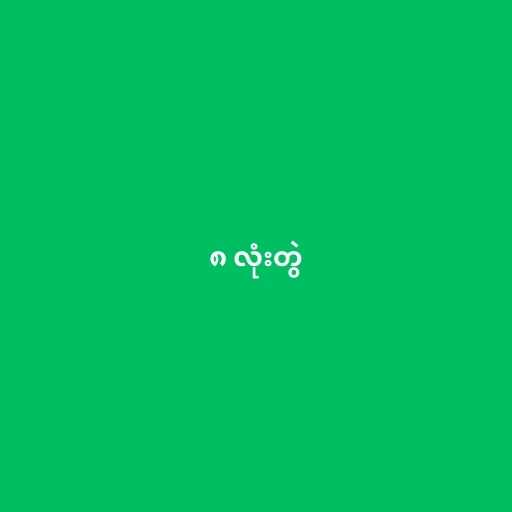
၈ လုံးတွဲ